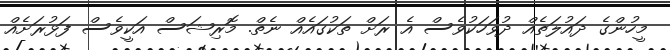
މީހުންގެ ދައުލަތެއް ދުވަހަކުވެސް އެ ރަށް ތަކުގައެއް ނެތް. މޮރިޝަސް އަކީވެސް ފަޅުރަށެއް